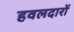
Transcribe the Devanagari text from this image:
हवलदारों